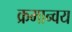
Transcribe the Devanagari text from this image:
क्रमान्वय